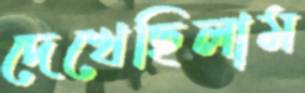
দেখেছিলাম